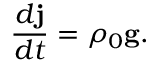
\frac { d { \bf j } } { d t } = \rho _ { 0 } { \bf g . }